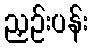
ညှဉ်းပန်း